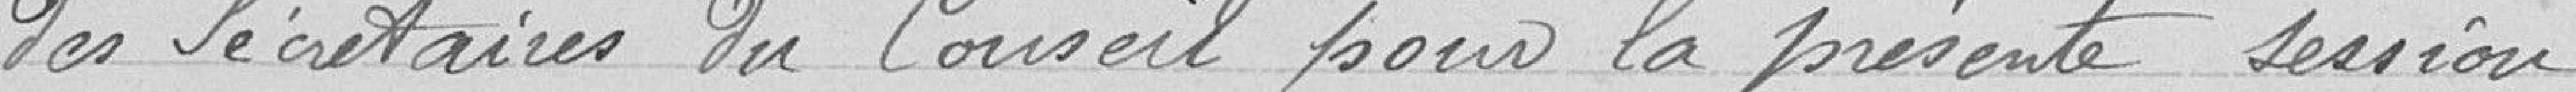
des secrétaires du Conseil pour la présente session.